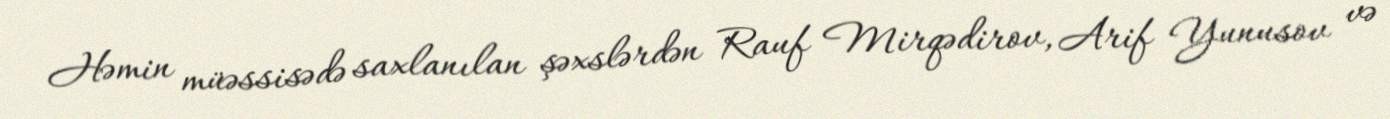
Həmin müəssisədə saxlanılan şəxslərdən Rauf Mirqədirov, Arif Yunusov və